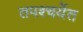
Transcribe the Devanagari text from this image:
तपश्चर्येत